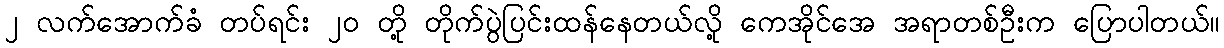
၂ လက်အောက်ခံ တပ်ရင်း ၂၀ တို့ တိုက်ပွဲပြင်းထန်နေတယ်လို့ ကေအိုင်အေ အရာတစ်ဦးက ပြောပါတယ်။